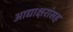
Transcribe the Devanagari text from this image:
आद्याक्षरांसह